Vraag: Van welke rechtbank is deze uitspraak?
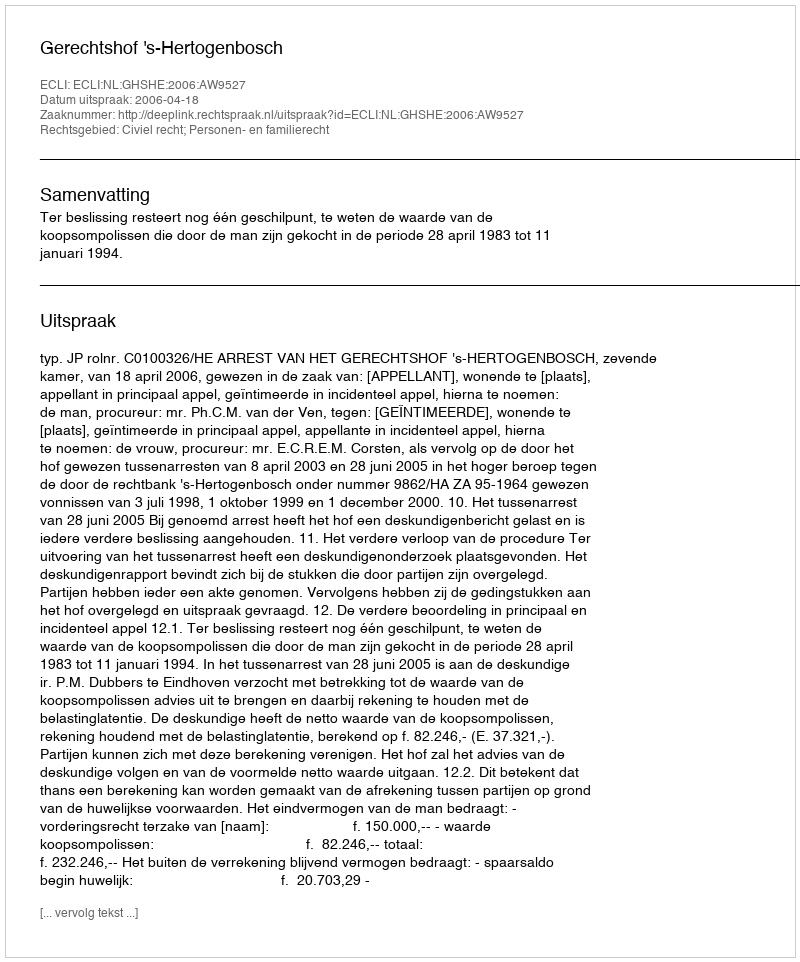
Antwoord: Gerechtshof 's-Hertogenbosch